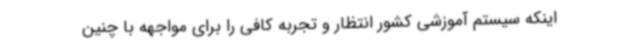
اینکه سیستم آموزشی کشور انتظار و تجربه کافی را برای مواجهه با چنین